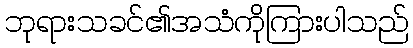
ဘုရားသခင်၏အသံကိုကြားပါသည်